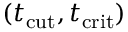
( t _ { \mathrm { c u t } } , t _ { \mathrm { c r i t } } )